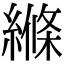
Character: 縧